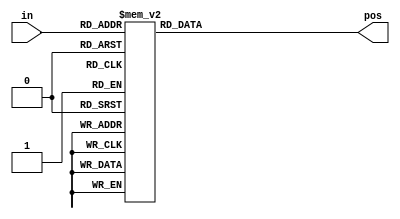
// Exercise 2-4-6: Priority Encoder 
module PriorEncode (
    input [3:0] in,
    output reg [1:0] pos
);
    always @(*) begin
        case (in)
            4'h0: pos = 2'd0; // no bits high
            4'h1, 4'h3, 4'h5, 4'h7, 4'h9, 4'hb, 4'hd, 4'hf: pos = 2'd0; // bit 0 high
            4'h2, 4'h6, 4'ha, 4'he: pos = 2'd1; // bit 1 high
            4'h4, 4'hc: pos = 2'd2;  // bit 2 high
            4'h8: pos = 2'd3; // bit 3 high
        endcase
    end
endmodule